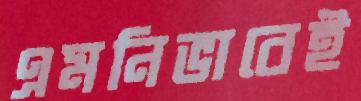
এমনিভাবেই